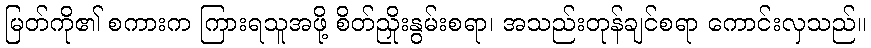
မြတ်ကို၏ စကားက ကြားရသူအဖို့ စိတ်ညှိုးနွမ်းစရာ၊ အသည်းတုန်ချင်စရာ ကောင်းလှသည်။